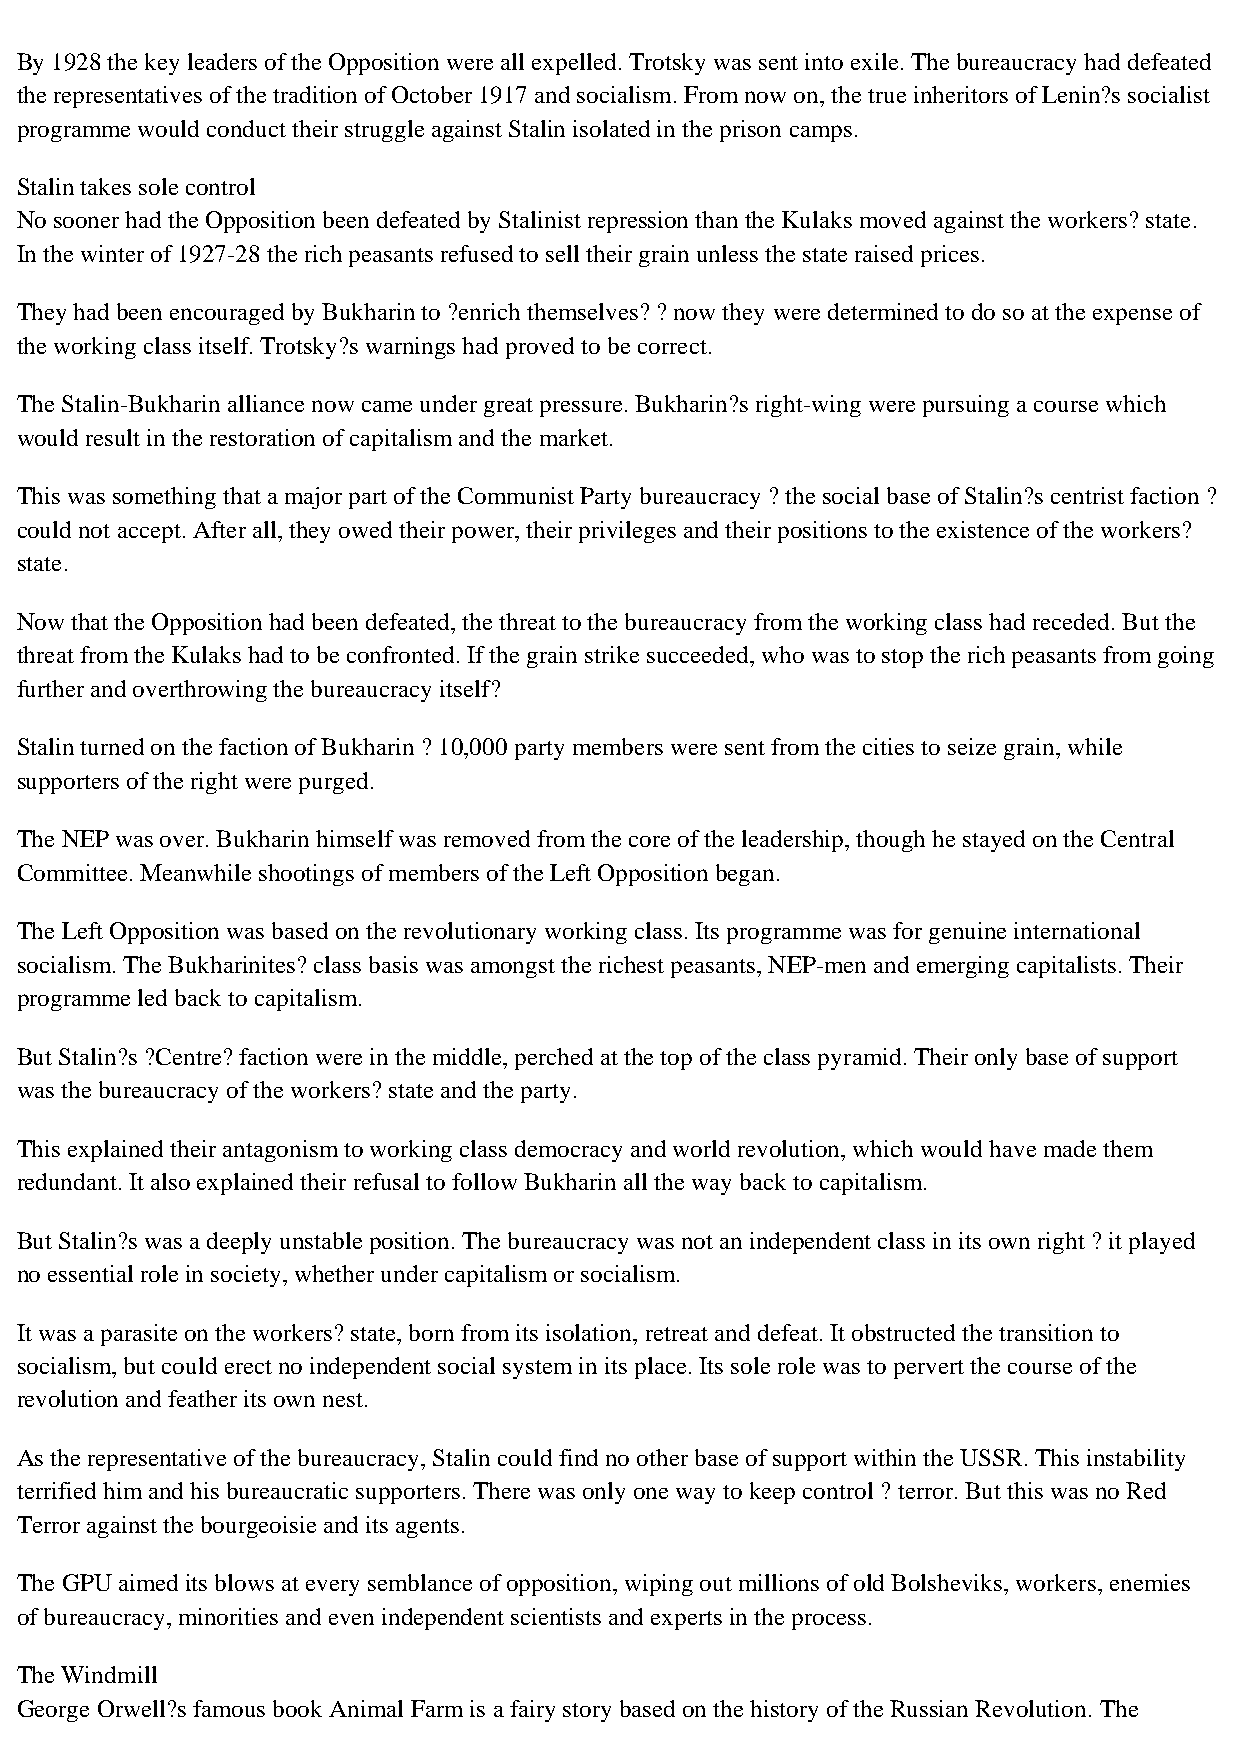
By 1928 the key leaders of the Opposition were all expelled. Trotsky was sent into exile. The bureaucracy had defeated
 the representatives of the tradition of October 1917 and socialism. From now on, the true inheritors of Lenin?s socialist
 programme would conduct their struggle against Stalin isolated in the prison camps.
 Stalin takes sole control
 No sooner had the Opposition been defeated by Stalinist repression than the Kulaks moved against the workers? state.
 In the winter of 1927-28 the rich peasants refused to sell their grain unless the state raised prices.
 They had been encouraged by Bukharin to ?enrich themselves? ? now they were determined to do so at the expense of
 the working class itself. Trotsky?s warnings had proved to be correct.
 The Stalin-Bukharin alliance now came under great pressure. Bukharin?s right-wing were pursuing a course which
 would result in the restoration of capitalism and the market.
 This was something that a major part of the Communist Party bureaucracy ? the social base of Stalin?s centrist faction ?
 could not accept. After all, they owed their power, their privileges and their positions to the existence of the workers?
 state.
 Now that the Opposition had been defeated, the threat to the bureaucracy from the working class had receded. But the
 threat from the Kulaks had to be confronted. If the grain strike succeeded, who was to stop the rich peasants from going
 further and overthrowing the bureaucracy itself?
 Stalin turned on the faction of Bukharin ? 10,000 party members were sent from the cities to seize grain, while
 supporters of the right were purged.
 The NEP was over. Bukharin himself was removed from the core of the leadership, though he stayed on the Central
 Committee. Meanwhile shootings of members of the Left Opposition began.
 The Left Opposition was based on the revolutionary working class. Its programme was for genuine international
 socialism. The Bukharinites? class basis was amongst the richest peasants, NEP-men and emerging capitalists. Their
 programme led back to capitalism.
 But Stalin?s ?Centre? faction were in the middle, perched at the top of the class pyramid. Their only base of support
 was the bureaucracy of the workers? state and the party.
 This explained their antagonism to working class democracy and world revolution, which would have made them
 redundant. It also explained their refusal to follow Bukharin all the way back to capitalism.
 But Stalin?s was a deeply unstable position. The bureaucracy was not an independent class in its own right ? it played
 no essential role in society, whether under capitalism or socialism.
 It was a parasite on the workers? state, born from its isolation, retreat and defeat. It obstructed the transition to
 socialism, but could erect no independent social system in its place. Its sole role was to pervert the course of the
 revolution and feather its own nest.
 As the representative of the bureaucracy, Stalin could find no other base of support within the USSR. This instability
 terrified him and his bureaucratic supporters. There was only one way to keep control ? terror. But this was no Red
 Terror against the bourgeoisie and its agents.
 The GPU aimed its blows at every semblance of opposition, wiping out millions of old Bolsheviks, workers, enemies
 of bureaucracy, minorities and even independent scientists and experts in the process.
 The Windmill
 George Orwell?s famous book Animal Farm is a fairy story based on the history of the Russian Revolution. The